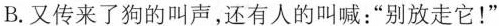
B.又传来了狗的叫声，还有人的叫喊：”别放走它！”